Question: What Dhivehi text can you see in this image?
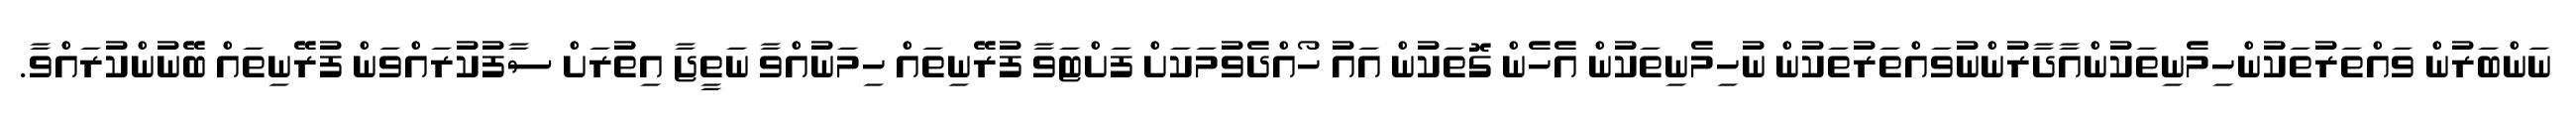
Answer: ނަންބަރުން ވައްތަރުތަކުންހިމެނިތަކުންއާދާރުންނުވައްތަރުތަކުން ނުހިމެނިތަކުން އެހެން ގޮތަކުން އައު ހޯއްދެވުމަކަށް ފަށްޓަވާ ފުރޭނިތައް ހިމަނުއްވާ ނަތީޖާ އިތުރަށް ސާފުކުރައްވަން ފުރޭނިތައް ބޭނުންކުރައްވާ.